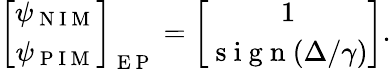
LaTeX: \left[\begin{array}{cc}{\psi_{\mathrm{~N~I~M~}}}\\ {\psi_{\mathrm{~P~I~M~}}}\end{array}\right]_{\mathrm{~E~P~}}=\left[\begin{array}{cc}{1}\\ {\mathrm{~s~i~g~n~}(\Delta/\gamma)}\end{array}\right].